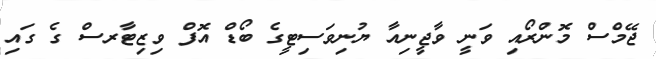
ޖޭމްސް މޮންރޯއި ވަނީ ވާޖީނިއާ ޔުނިވަސިޓީގެ ބޯޑް އޮފް ވިޒިޓާރސް ގެ ގައި